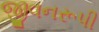
જીવનરૂપી